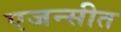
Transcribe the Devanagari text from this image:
एजन्सीत